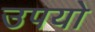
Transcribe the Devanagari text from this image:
उपयो